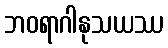
ဘဝရာဂါနုသယဿ